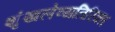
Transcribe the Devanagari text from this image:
शृंखलेव्यतिरिक्त